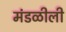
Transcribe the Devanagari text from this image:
मंडळीली